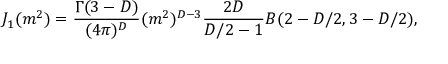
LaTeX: J _ { 1 } ( m ^ { 2 } ) = \frac { \Gamma ( 3 - D ) } { ( 4 \pi ) ^ { D } } ( m ^ { 2 } ) ^ { D - 3 } \frac { 2 D } { D / 2 - 1 } B ( 2 - D / 2 , 3 - D / 2 ) ,